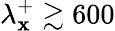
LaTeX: \lambda_{\mathbf{x}}^{+}\gtrsim600